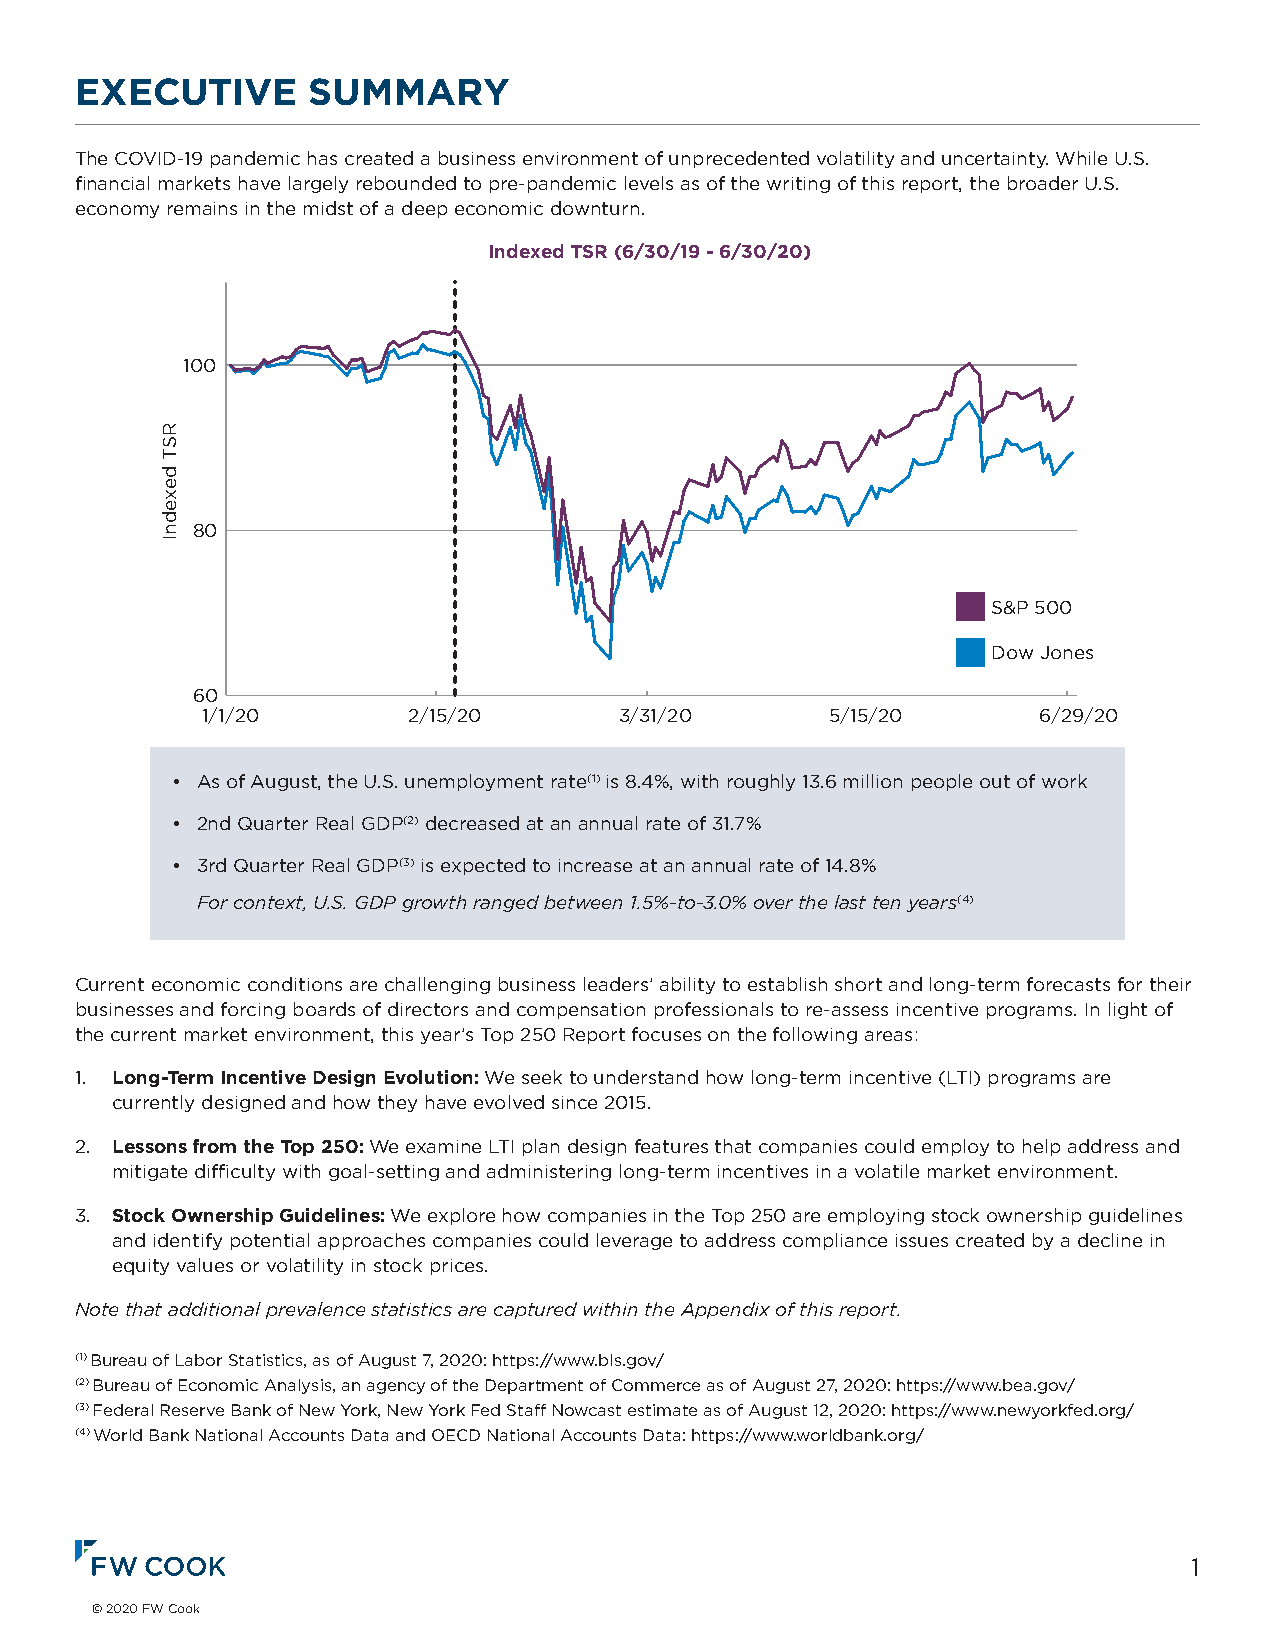
EXECUTIVE      SUMMARY
 The COVID-19 pandemic has created a business environment of unprecedented volatility and uncertainty. While U.S.
 financial markets have largely rebounded to pre-pandemic levels as of the writing of this report, the broader U.S.
 economy remains in the midst of a deep economic downturn.
 Indexed TSR (6/30/19 - 6/30/20)
 100
 80
 S&P 500
 Dow Jones
 60
 1/1/20        2/15/20       3/31/20       5/15/20       6/29/20
 • As of August, the U.S. unemployment rate(1) is 8.4%, with roughly 13.6 million people out of work
 • 2nd Quarter Real GDP(2) decreased at an annual rate of 31.7%
 • 3rd Quarter Real GDP(3) is expected to increase at an annual rate of 14.8%
 For context, U.S. GDP growth ranged between 1.5%-to-3.0% over the last ten years(4)
 Current economic conditions are challenging business leaders’ ability to establish short and long-term forecasts for their
 businesses and forcing boards of directors and compensation professionals to re-assess incentive programs. In light of
 the current market environment, this year’s Top 250 Report focuses on the following areas:
 1. Long-Term Incentive Design Evolution: We seek to understand how long-term incentive (LTI) programs are
 currently designed and how they have evolved since 2015.
 2. Lessons from the Top 250: We examine LTI plan design features that companies could employ to help address and
 mitigate difficulty with goal-setting and administering long-term incentives in a volatile market environment.
 3. Stock Ownership Guidelines: We explore how companies in the Top 250 are employing stock ownership guidelines
 and identify potential approaches companies could leverage to address compliance issues created by a decline in
 equity values or volatility in stock prices.
 Note that additional prevalence statistics are captured within the Appendix of this report.
 (1) Bureau of Labor Statistics, as of August 7, 2020: https://www.bls.gov/
 (2) Bureau of Economic Analysis, an agency of the Department of Commerce as of August 27, 2020: https://www.bea.gov/
 (3) Federal Reserve Bank of New York, New York Fed Staff Nowcast estimate as of August 12, 2020: https://www.newyorkfed.org/
 (4) World Bank National Accounts Data and OECD National Accounts Data: https://www.worldbank.org/
 1
 © 2020 FW Cook
 RST
 dexednI